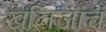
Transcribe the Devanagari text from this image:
खनिजांचं